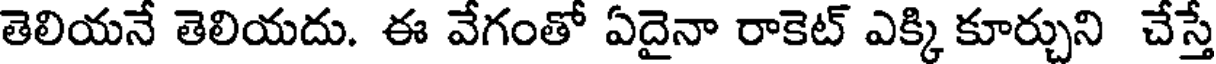
తెలియనే తెలియదు. ఈ వేగంతో ఏదైనా రాకెట్ ఎక్కి కూర్చుని చేస్తే